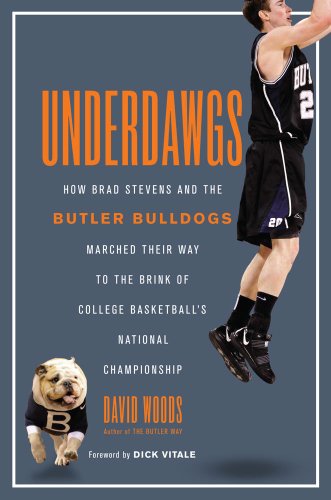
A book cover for Underdawgs: How Brad Stevens and the Butler Bulldogs Marched Their Way to the Brink of College Basketball's National Championship; David Woods; Sports & Outdoors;